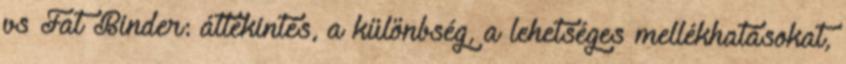
vs Fat Binder: áttekintés, a különbség, a lehetséges mellékhatásokat,